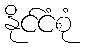
နိုင်ငံစုံ